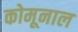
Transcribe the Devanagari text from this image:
कोमूनाल